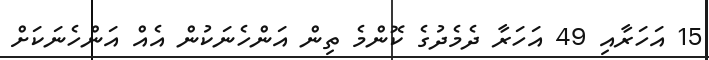
15 އަހަރާއި 49 އަހަރާ ދެމެދުގެ ކޮންމެ ތިން އަންހެނަކުން އެއް އަންހެނަކަށް